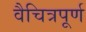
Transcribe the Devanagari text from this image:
वैचित्रपूर्ण